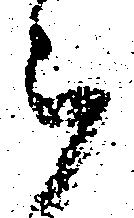
被